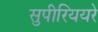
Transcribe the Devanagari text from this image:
सुपीरिययरे